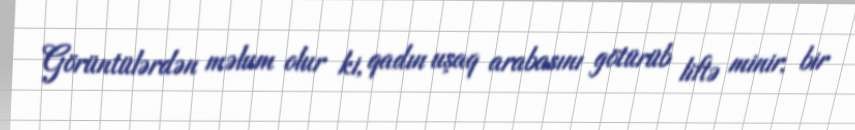
Görüntülərdən məlum olur ki, qadın uşaq arabasını götürüb liftə minir, bir